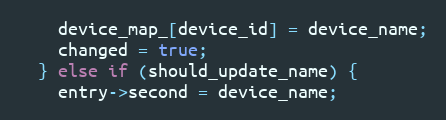
Language: C++
    device_map_[device_id] = device_name;
    changed = true;
  } else if (should_update_name) {
    entry->second = device_name;